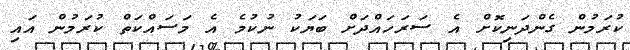
ކުރަމުން ގެންދަނިކޮށް އެ ސަރަހައްދަށް ބަޔަކު ނުކުމެ އެ މަސައްކަތް ކުރަމުން އައި